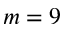
m = 9